Annual report on the working of the lock hospitals in the North-Western Provinces and Oudh
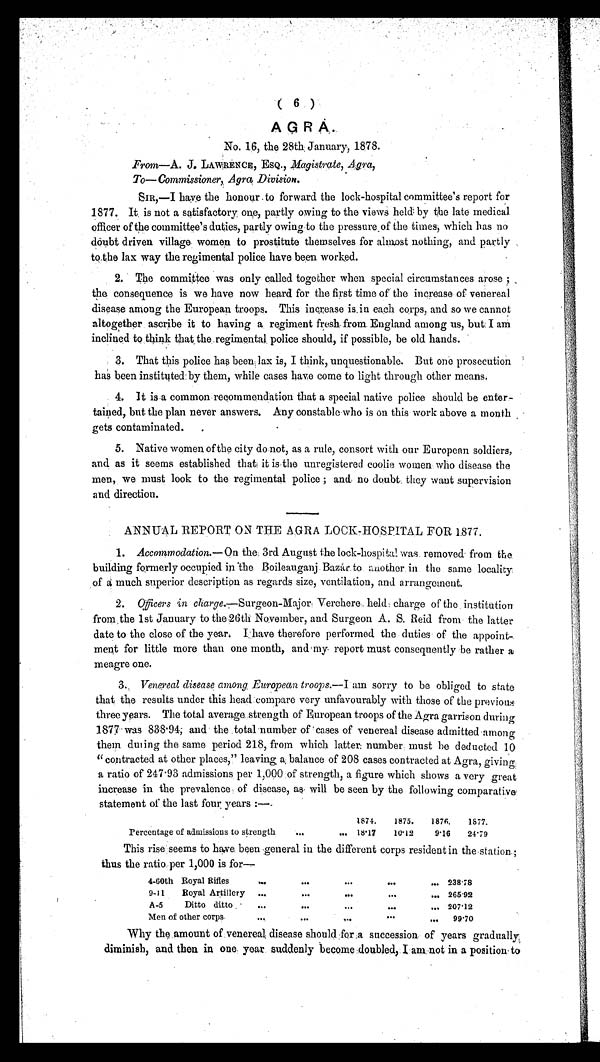
( 6 )
AGRA
No. 1.6, the 28th, January, 1878.
From—A. J. LAWRENCE, ESQ., M agistrate, Agra,
To—Commissioner, Agra Division.
SIR,—I have the honour to forward the lock-hospital committee's report for
1877. It, is not a satisfactory one, partly owing to the views held: by the late medical
officer of the committee's duties, partly owing to the pressure of the times, which has no
doubt driven village women to prostitute themselves for almost nothing, and partly
to the lax way the regimental police have been worked.
2. The committee was only called together when special circumstances arose ;
the consequence is we have now heard for the first time of the increase of venereal
disease among the European troops. This increase is in each corps, and so we cannot
altogether ascribe it to having a, regiment fresh from, England among us, but. I am
inclined to think that the regimental, police should, if possible, be old hands.
3. That this police has been, lax is, I think, unquestionable. But one prosecution
has been instituted: by them, while cases have come to light through other means.
4. It is a common recommendation that a special native police should be enter-
tained, but the plan never answers. Any constable who is on this work above a month
gets contaminated.
5. Native women of the city do not, as a rule, consort with our European soldiers,
and as it seems established that it is the unregistered coolie women who disease the
men, we must look to the regimental police ; and no doubt they want supervision
and direction.
ANNUAL REPORT ON THE AGRA LOCK-HOSPITAL FOR 1877.
1. Accommodation.—On the 3rd August the lock-hospital was, removed from the.
building formerly occupied in the Boileauganj. Bazár to another. in the same locality
of a much superior description as regards size, ventilation, and arrangement.
2. Officers in charge.—Surgeon-Major Verchere. held: charge of the. institution
from the 1st January to the 26th November, and Surgeon A. S. Reid from the latter
date to the close of the year Ihave therefore performed. the duties of the appoint-
ment for little more than one month, and my report must consequently be rather a
meagre one.
3. Venereal disease among European troops.— I am sorry to be obliged to state
that the results under this head compare very unfavourably with those of the previous
three years. The total average strength of European troops of the Agra garrison during
1877 was 838.94; and the , total 'number of cases of venereal disease admitted among
them dining the same period 218, from which latter number, must be deducted 10
"contracted at other places," leaving a, balance of 208 cases contracted at Agra, giving:
a ratio of 247·93 admissions per 1,000 of strength, a figure which shows a very great
i ncrease i n the preval ence, of di sease, as wi l l be seen by the fol l owi ng comparati ve
statement of the last four years
1874. 1875. 1876, 1877.
Percentage of admissions to strength ...
... 18·17 10·12
9·16 24·79
This rise seems to have, been general in the different corps resident in the station
thus the ratio. per 1,000 is for
4-60th Royal Rifles
•••
•••
•••
•••
••• 238·78
9-11 Royal Artillery ..,
...
•••
•••
.., 265·92
A-5 Ditto ditto . •
..207·12
Men of other corps.
•••
... 99·70
Why the amount of venereal disease should :for .a succession of years gradually,
diminish, and then in one. year suddenly become doubled, lam not in a position to